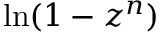
\ln ( 1 - z ^ { n } )